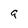
Character: 9